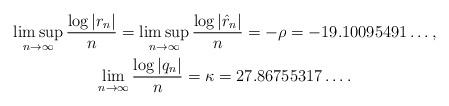
LaTeX: \begin{gather*}\limsup_{n\to\infty}\frac{\log|r_n|}{n}=\limsup_{n\to\infty}\frac{\log|\hat{r}_n|}{n}=-\rho=-19.10095491\hdots,\\\lim_{n\to\infty}\frac{\log|q_n|}{n}=\kappa=27.86755317\hdots.\end{gather*}